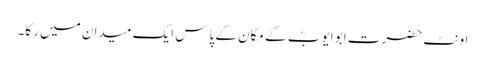
اونٹ حضرت ابو ایوبؓ کے مکان کے پاس ایک میدان میں رکا۔